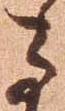
子